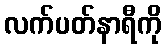
လက်ပတ်နာရီကို